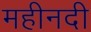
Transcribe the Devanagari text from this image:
महीनदी